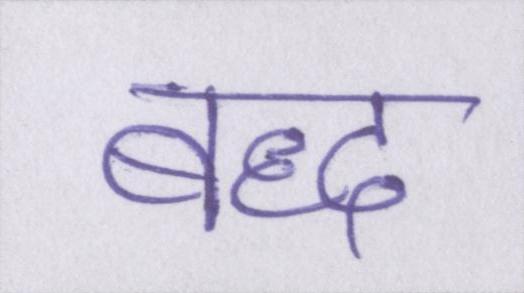
बद्ध